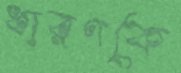
ধারণকে